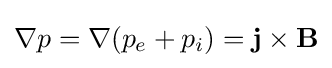
\nabla p=\nabla (p_{e}+p_{i})=\mathbf {j} \times \mathbf {B}